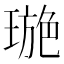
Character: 𤧾